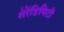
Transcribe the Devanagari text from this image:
सेरेंडिपिटी